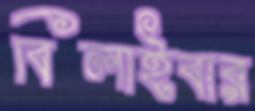
বিলাইবার